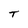
Character: T